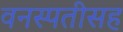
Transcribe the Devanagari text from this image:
वनस्पतीसह